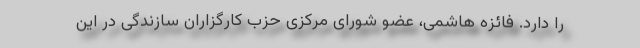
را دارد. فائزه هاشمی، عضو شورای مرکزی حزب کارگزاران سازندگی در این